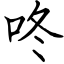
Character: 咚